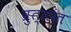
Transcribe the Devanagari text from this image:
व्रुत्तांत